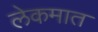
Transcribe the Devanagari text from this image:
लेकमात